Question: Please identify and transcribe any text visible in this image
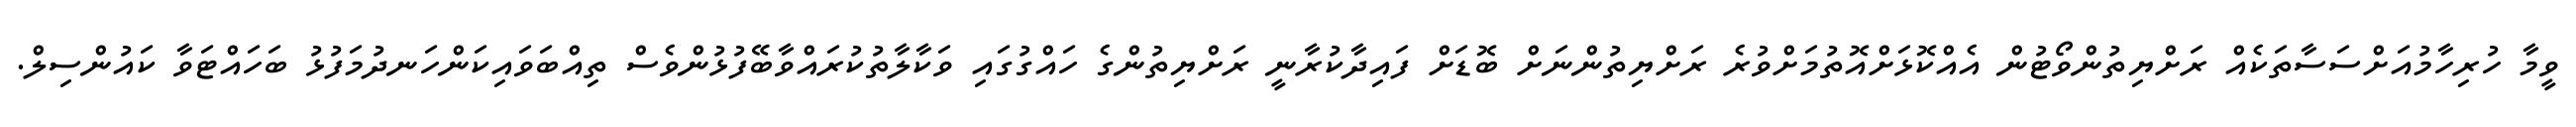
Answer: ވީމާ ހުރިހާމުއަށްސަސާތަކެއް ރަށްޔިތުންވޯޓުން އެއްކޮޅަށްއޮތުމަށްވުރެ ރަށްޔިތުންނަށް ބޮޑަށް ފައިދާކުރާނީ ރަށްޔިތުންގެ ހައްގުގައި ވަކާލާތުކުރައްވާބޭފުޅުންވެސް ތިއްބަވައިކަންހަނދުމަފުޅު ބަހައްޓަވާ ކައުންސިލް.